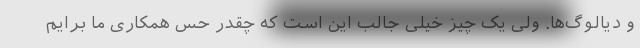
و دیالوگ‌ها. ولی یک چیز خیلی جالب این است که چقدر حس همکاری ما برایم